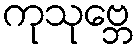
ကုသုဗ္ဘေ